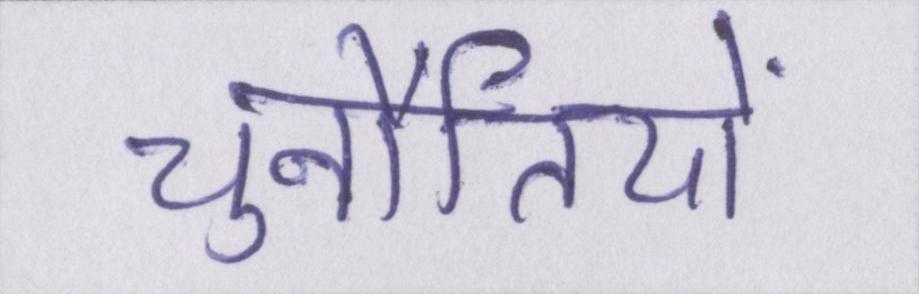
चुनौतियों